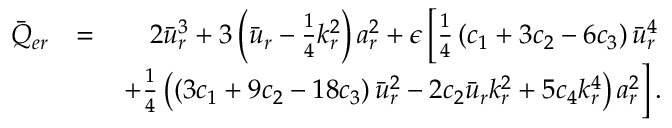
\begin{array} { r l r } { \bar { Q } _ { e r } } & { = } & { 2 \bar { u } _ { r } ^ { 3 } + 3 \left( \bar { u } _ { r } - \frac { 1 } { 4 } k _ { r } ^ { 2 } \right) a _ { r } ^ { 2 } + \epsilon \left[ \frac { 1 } { 4 } \left( c _ { 1 } + 3 c _ { 2 } - 6 c _ { 3 } \right) \bar { u } _ { r } ^ { 4 } \right. } \\ & { } & { \left. \mathrm + \frac { 1 } { 4 } \left( \left( 3 c _ { 1 } + 9 c _ { 2 } - 1 8 c _ { 3 } \right) \bar { u } _ { r } ^ { 2 } - 2 c _ { 2 } \bar { u } _ { r } k _ { r } ^ { 2 } + 5 c _ { 4 } k _ { r } ^ { 4 } \right) a _ { r } ^ { 2 } \right] . } \end{array}